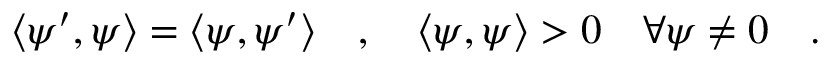
\langle \psi ^ { \prime } , \psi \rangle = \langle \psi , \psi ^ { \prime } \rangle \quad , \quad \langle \psi , \psi \rangle > 0 \quad \forall \psi \neq 0 \quad .